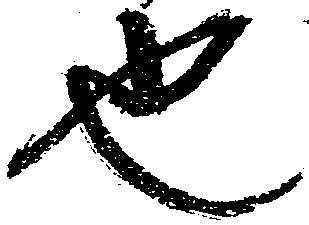
也